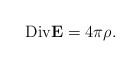
\begin{align*}{\rm Div}{\bf E} =4\pi \rho.\end{align*}